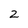
Character: 2